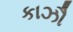
કાઝૌ